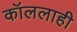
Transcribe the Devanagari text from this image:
कॉललाही